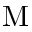
\mathrm { M }